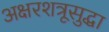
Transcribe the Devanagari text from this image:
अक्षरशत्रूसुद्धा